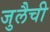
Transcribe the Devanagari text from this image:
जुलैची